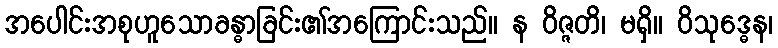
အပေါင်းအစုဟူသောခန္ဓာခြင်း၏အကြောင်းသည်။ န ဝိဇ္ဇတိ၊ မရှိ။ ဝိသုဒ္ဓေန၊